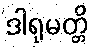
ဒါရုမတ္တိ